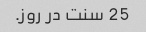
25 سنت در روز.